Scottish Leaving Certificate Examination, 1956
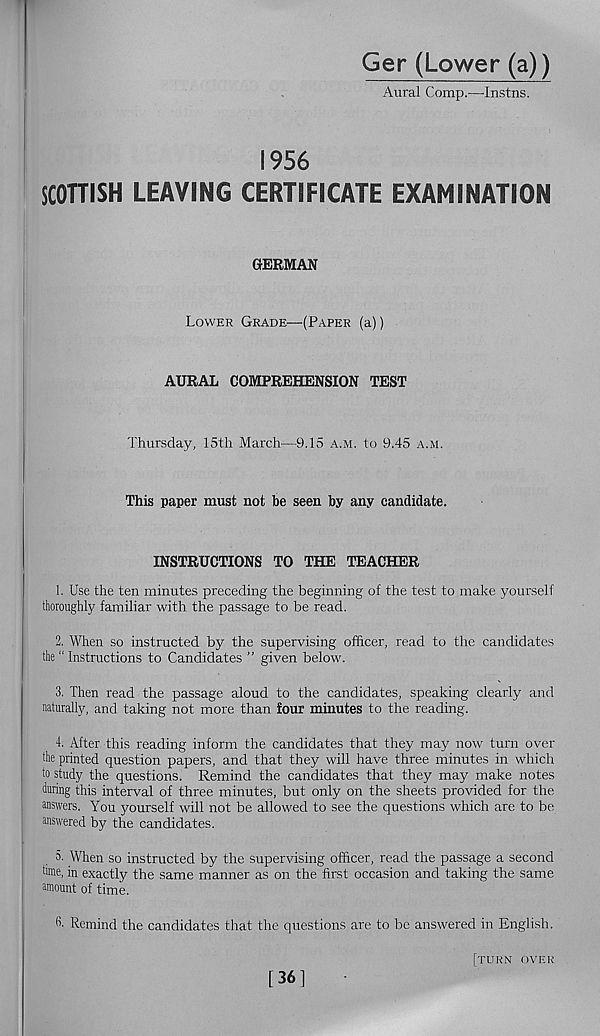
Ger (Lower (a))
Aural Comp.—-Instils.
1956
SCOTTISH LEAVING CERTIFICATE EXAMINATION
GERMAN
Lower Grade—(Paper (a))
AURAL COMPREHENSION TEST
Thursday, 15th March—9.15 a.m. to 9.45 a.m.
This paper must not be seen by any candidate.
INSTRUCTIONS TO THE TEACHER
1. Use the ten minutes preceding the beginning of the test to make yourself
thoroughly familiar with the passage to be read.
2. When so instructed by the supervising officer, read to the candidates
the “ Instructions to Candidates ” given below.
3. Then read the passage aloud to the candidates, speaking clearly and
naturally, and taking not more than four minutes to the reading.
4. After this reading inform the candidates that they may now turn over
the printed question papers, and that they will have three minutes in which
to study the questions. Remind the candidates that they may make notes
during this interval of three minutes, but only on the sheets provided for the
answers. You jmurself will not be allowed to see the questions which are to be
answered by the candidates.
5. When so instructed by the supervising officer, read the passage a second
hme, in exactly the same manner as on the first occasion and taking the same
amount of time.
6- Remind the candidates that the questions are to be answered in English.
[turn over
[361